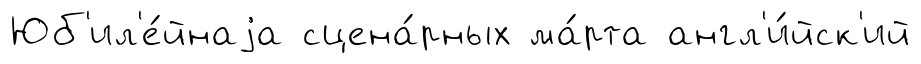
Юб'ил'е́йнаjа сцена́рных ма́рта англ'и́йск'ий